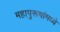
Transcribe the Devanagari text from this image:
महापुरूषांमध्ये